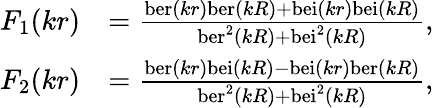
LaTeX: {\begin{array}{rl}{F_{1}(kr)}&{={\frac{\mathrm{ber}(kr)\mathrm{ber}(kR)+\mathrm{bei}(kr)\mathrm{bei}(kR)}{\mathrm{ber}^{2}(kR)+\mathrm{bei}^{2}(kR)}},}\\ {F_{2}(kr)}&{={\frac{\mathrm{ber}(kr)\mathrm{bei}(kR)-\mathrm{bei}(kr)\mathrm{ber}(kR)}{\mathrm{ber}^{2}(kR)+\mathrm{bei}^{2}(kR)}},}\end{array}}